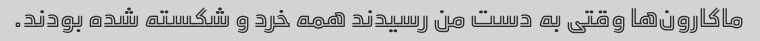
ماکارون‌ها وقتی به دست من رسیدند همه خرد و شکسته شده بودند.